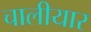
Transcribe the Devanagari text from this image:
चालीयार